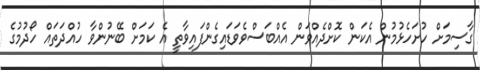
ގާސިމަށް ހުށަހެޅުމުން އެކަން ކޮށްދެއްވަން އެއްބަސްވެވަޑައިގެންފައިވާތީ އެ ކަމަށް ބޭނުންވާ ހުއްދަތައް ހޯދުމުގެ